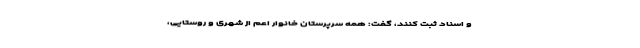
و اسناد ثبت کنند، گفت: همه سرپرستان خانوار اعم از شهری و روستایی،